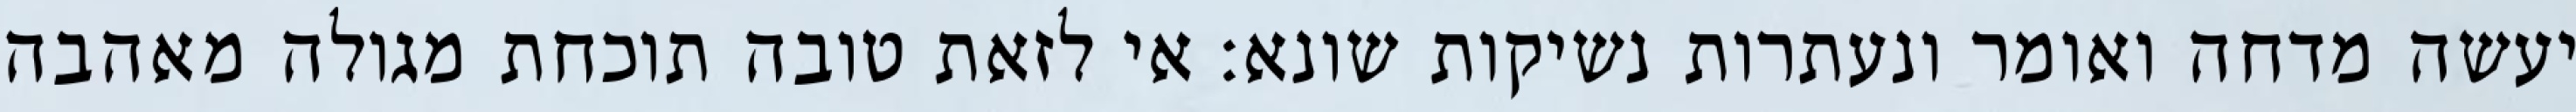
יעשה מדחה ואומר ונעתרות נשיקות שונא: אי לזאת טובה תוכחת מגולה מאהבה